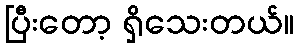
ပြီးတော့ ရှိသေးတယ်။